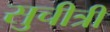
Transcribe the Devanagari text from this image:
सुचीत्री